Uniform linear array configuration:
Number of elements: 48
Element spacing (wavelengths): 0.25
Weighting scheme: hann
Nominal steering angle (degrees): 30
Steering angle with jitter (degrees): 30.78
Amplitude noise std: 0.05
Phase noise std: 0.05

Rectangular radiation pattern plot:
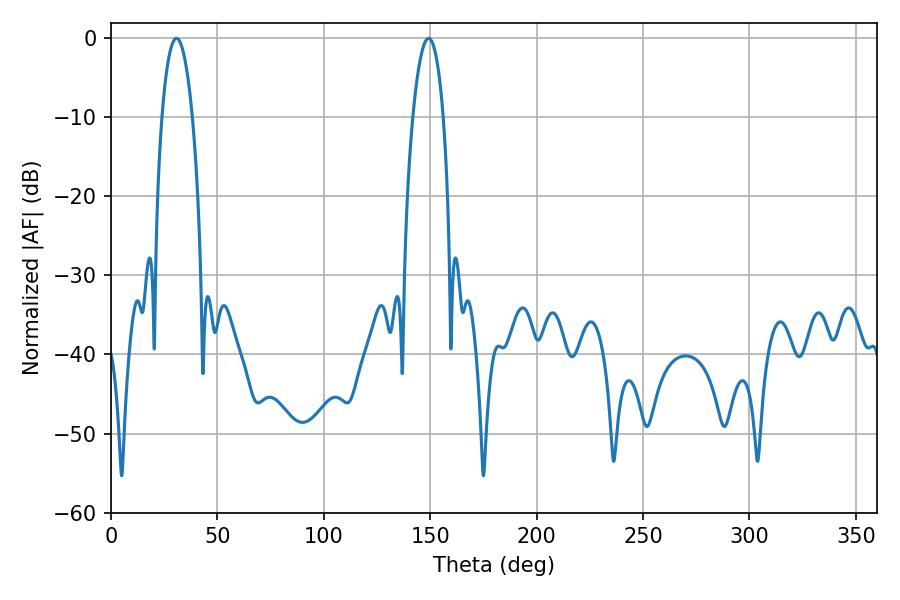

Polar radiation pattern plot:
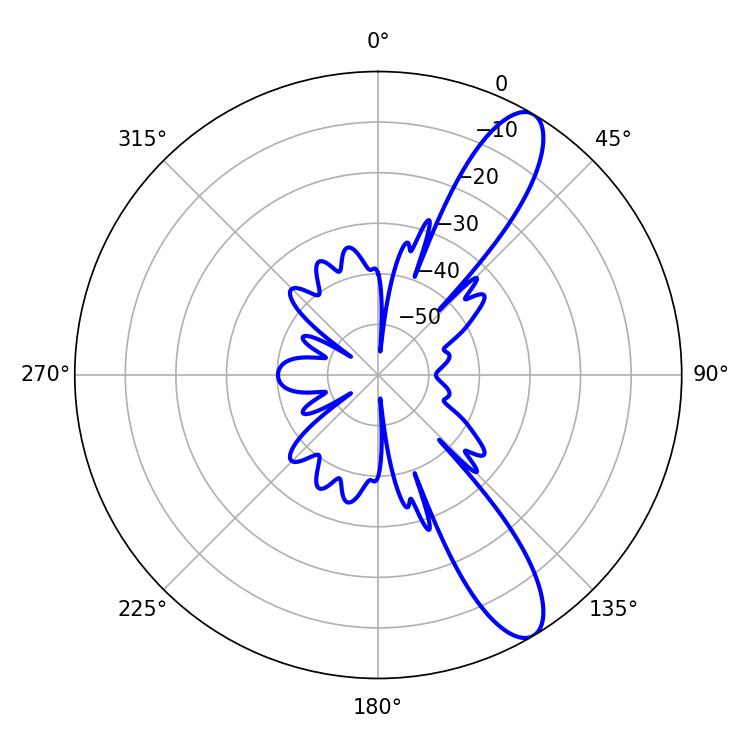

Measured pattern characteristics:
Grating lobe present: FALSE
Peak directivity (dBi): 11.174
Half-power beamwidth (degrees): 8.1
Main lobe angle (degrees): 30.78